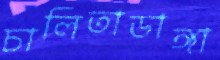
চালিতাডাঙ্গা